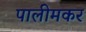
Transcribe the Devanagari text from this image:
पालीमकर